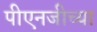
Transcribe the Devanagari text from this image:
पीएनजीच्या